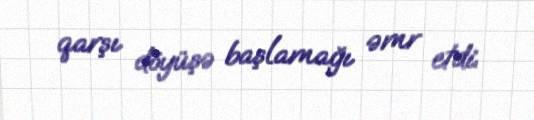
qarşı döyüşə başlamağı əmr etdi.